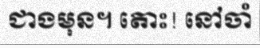
ជាងមុន។ តោះ! នៅចាំ